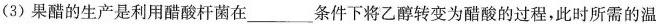
(3)果醋的生产是利用醋酸杆菌在___条件下将乙醇转变为醋酸的过程，此时所需的温